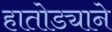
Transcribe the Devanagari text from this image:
हातोड्याने